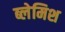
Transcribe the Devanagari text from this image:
ब्लेमिश